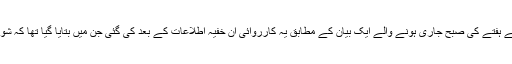
فوج کے شعبہ تعلقات عامہ ”آئی ایس پی آر“ سے ہفتے کی صبح جاری ہونے والے ایک بیان کے مطابق یہ کارروائی اُن خفیہ اطلاعات کے بعد کی گئی جن میں بتایا گیا تھا کہ شوال کی پہاڑیوں میں شدت پسند چھپے ہوئے ہیں۔